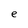
Character: e